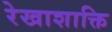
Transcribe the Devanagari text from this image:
रेखाशाक्ति